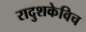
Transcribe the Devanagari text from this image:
रादुशकेविच